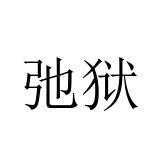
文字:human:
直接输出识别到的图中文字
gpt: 弛狱